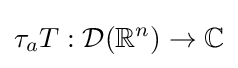
\tau _{a}T:{\mathcal {D}}(\mathbb {R} ^{n})\to \mathbb {C}